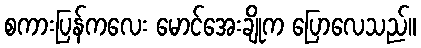
စကားပြန်ကလေး မောင်အေးချိုက ပြောလေသည်။